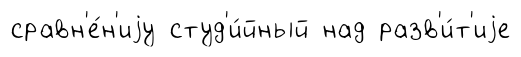
сравн'е́н'иjу студ'и́йный над разв'и́т'иjе